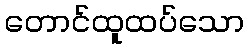
တောင်ထူထပ်သော